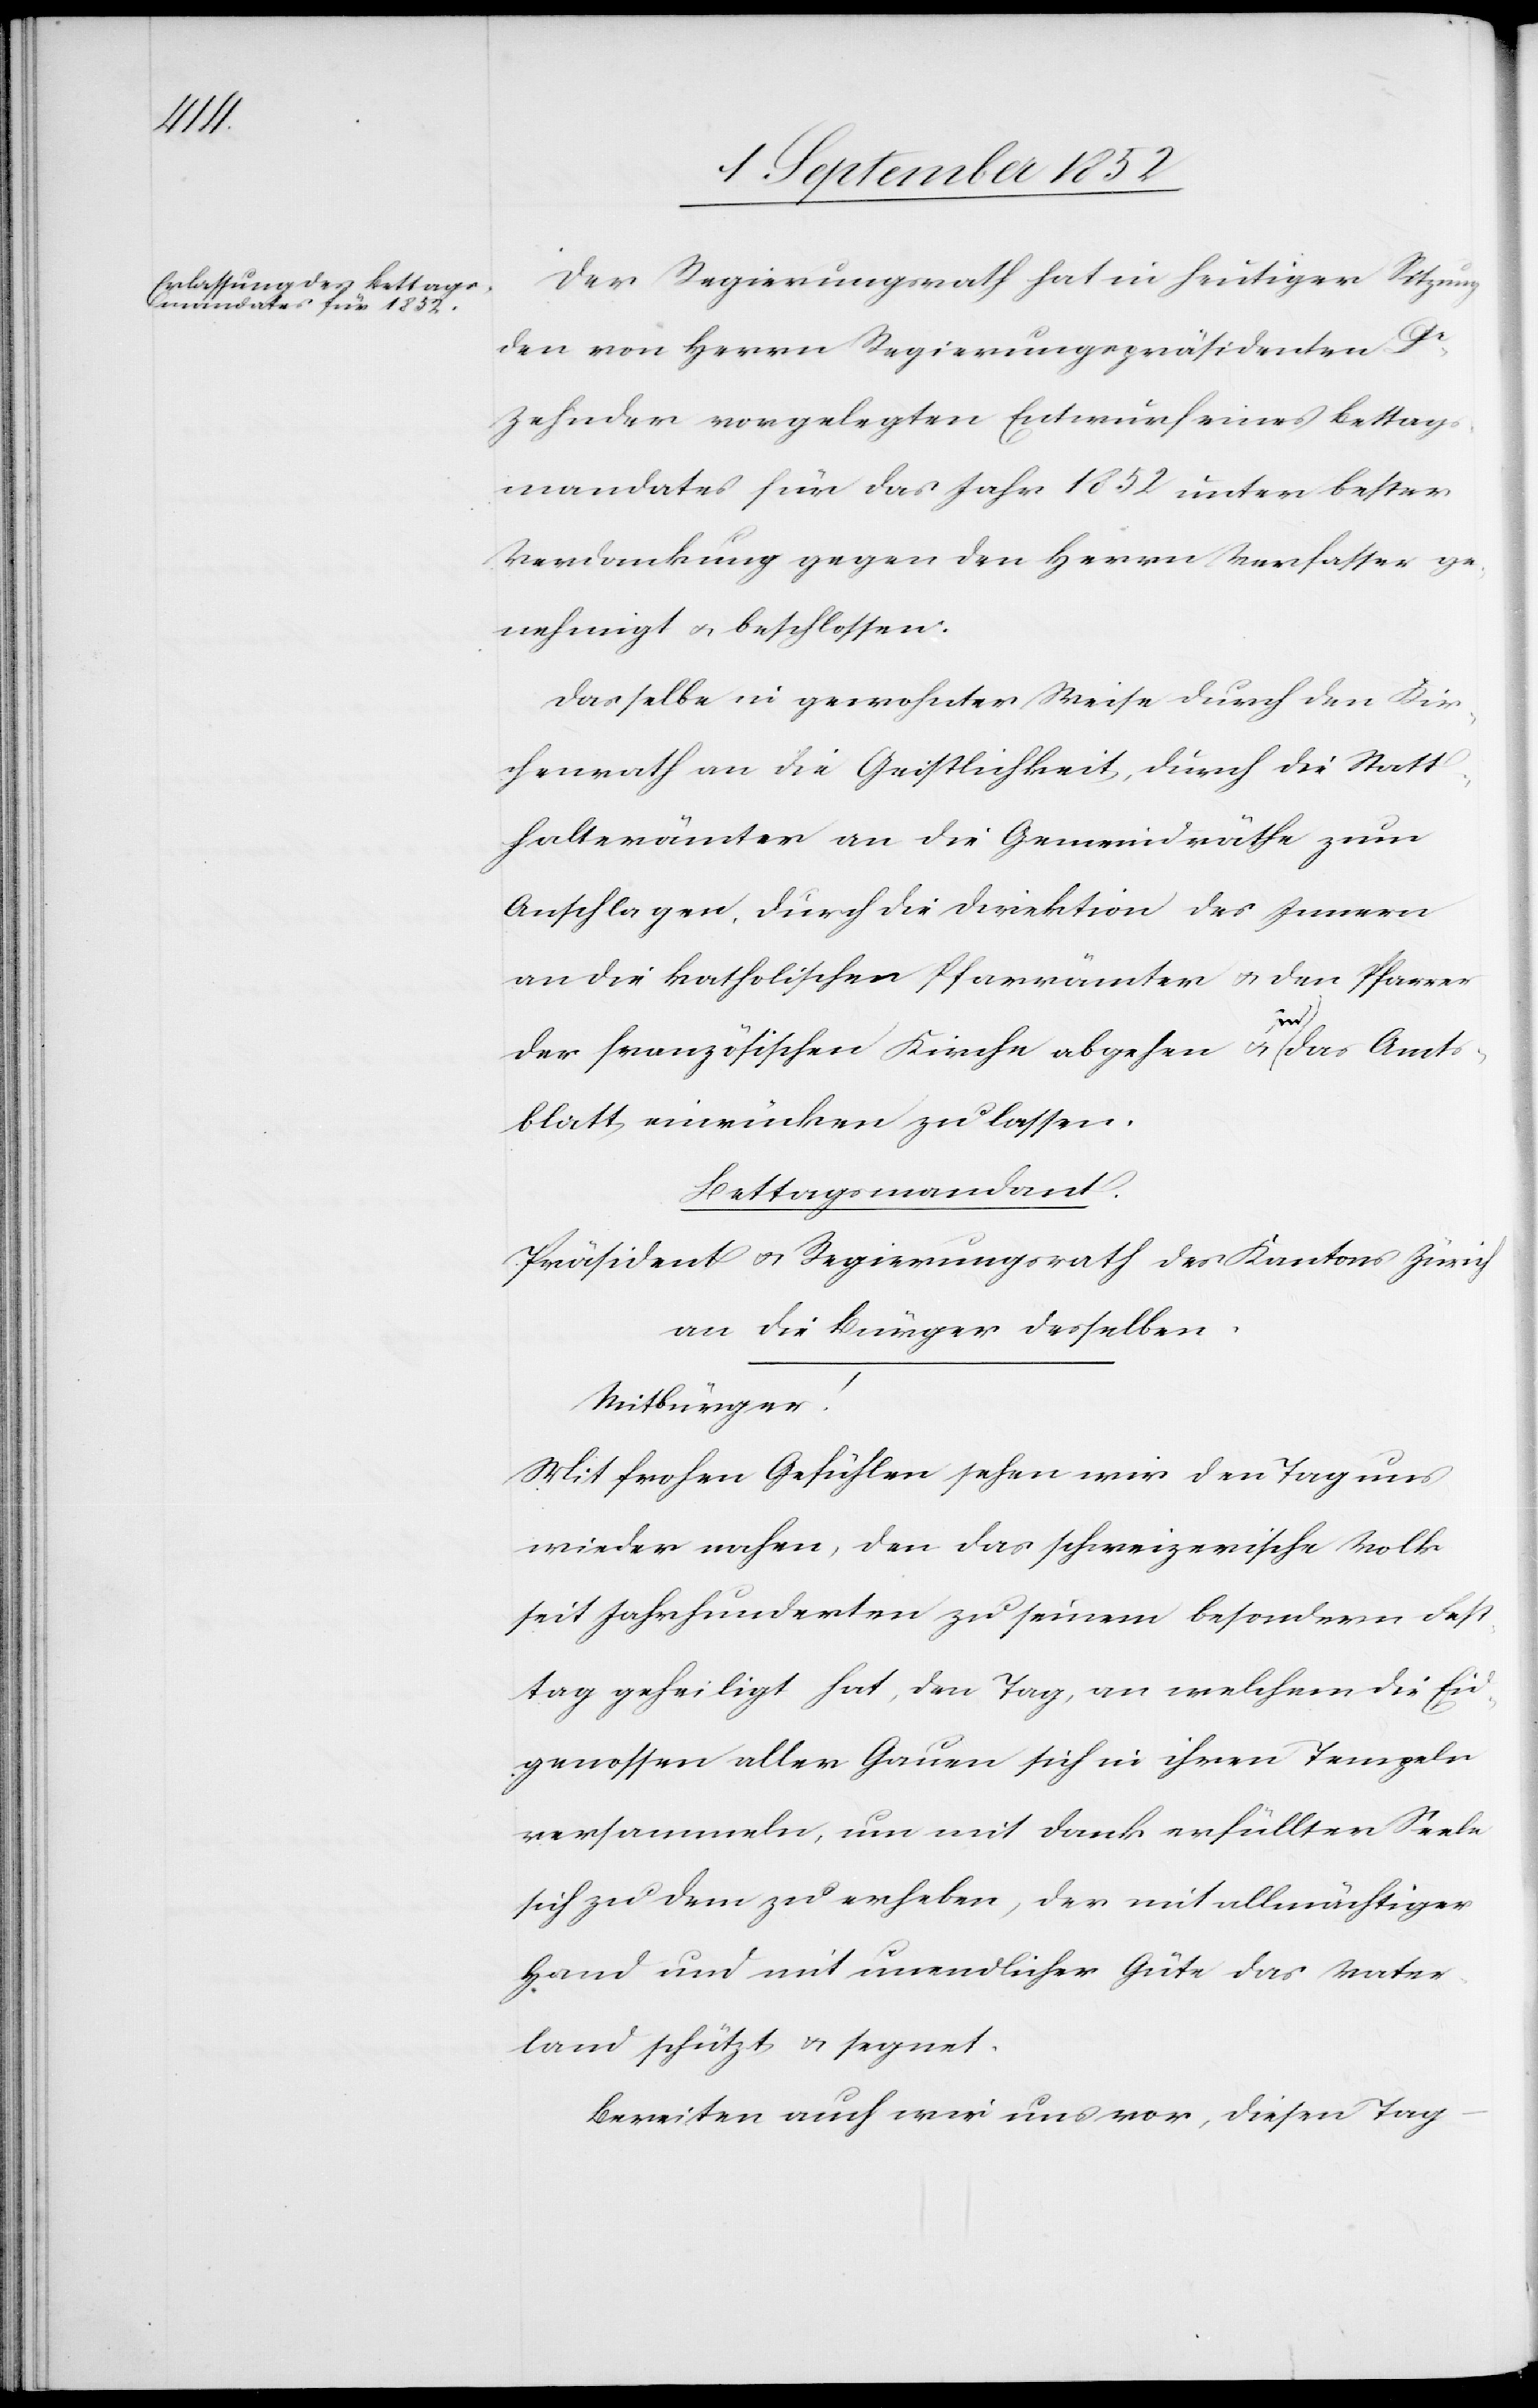
Der Regierungsrath hat in heutiger Sitzung
den von Herrn Regierungspräsidenten Dr
Zehnder vorgelegten Entwurf eines Bettag¬
smandates für das Jahr 1852 unter bester
Verdankung gegen den Herrn Verfasser ge¬
nehmigt & beschlossen:
Dasselbe in gewohnter Weise durch den Kir¬
chenrath an die Geistlichkeit, durch die Statt¬
halterämter an die Gemeindräthe zum
Anschlagen, durch die Direktion des Innern
an die katholischen Pfarrämter & den Pfarrer
der französischen Kirche abgehen & in das Amts¬
blatt einrücken zu lassen.
Bettagsmandant.
Präsident & Regierungsrath des Kantons Zürich
an die Bürger desselben.
Mitbürger!
Mit frohen Gefühlen sehen wir den Tag uns
wieder nahen, den das schweizerische Volk
seit Jahrhunderten zu seinem besondern Fest¬
tag geheiligt hat, den Tag, an welchem die Eid¬
genossen aller Gauen sich in ihren Tempeln
versammeln, um mit Dank erfüllter Seele
sich zu dem zu erheben, der mit allmächtiger
Hand und mit unendlicher Güte das Vater¬
land schützt & segnet.
Bereiten auch wir uns vor, diesen Tag